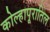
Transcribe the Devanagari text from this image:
कोल्हापूरातिल